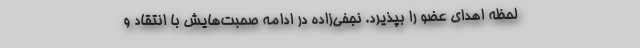
لحظه اهدای عضو را بپذیرد. نجفی‌زاده در ادامه صحبت‌هایش با انتقاد و